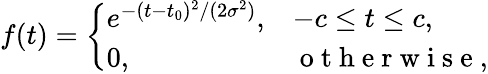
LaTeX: f(t)=\left\{ \begin{array}{ll}{e^{-(t-t_{0})^{2}/(2\sigma^{2})},}&{-c\le t\le c,}\\ {0,}&{\mathrm{~o~t~h~e~r~w~i~s~e~},}\end{array}\right.